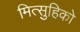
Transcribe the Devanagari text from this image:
मित्सुहिको